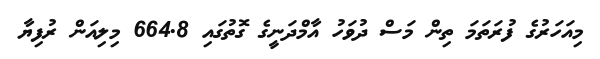
މިއަހަރުގެ ފުރަތަމަ ތިން މަސް ދުވަހު އާމްދަނީގެ ގޮތުގައި 664.8 މިލިއަން ރުފިޔާ